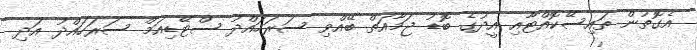
އެގޮތުން ތައިސޭކޮއްޓާއި އީދުގެ ބޮޑު ޖަމާއަތް ބޭއްވި ސަރަހައްދު ސްޓޭޑިއަމް ސަރަހައްދު އަދި